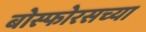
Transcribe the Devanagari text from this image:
बोस्फोरसच्या